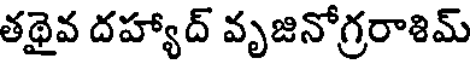
తథైవ దహ్యాద్ వృజినోగ్రరాశిమ్